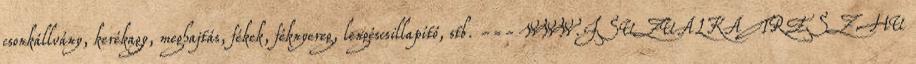
csonkállvány, kerékagy, meghajtás, fékek, féknyereg, lengéscsillapító, stb. -=- WWW.ISUZUALKATRESZ.HU